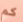
كم